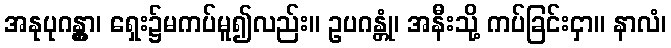
အနုပုဂန္တွာ၊ ရှေး၌မကပ်မူ၍လည်း။ ဥပဂန္တုံ၊ အနီးသို့ ကပ်ခြင်းငှာ။ နာလံ၊